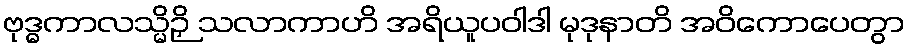
ဗုဒ္ဓကာလသ္မိဉှိ သလာကာဟိ အရိယူပဝါဒါ မုဒုနာတိ အဝိကောပေတွာ